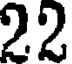
22